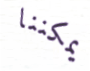
يمكننا